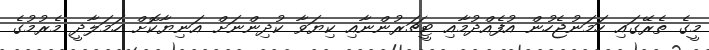
މީގެ ތެރޭގައި ހަމަނުޖެހުން އުފެއްދުމާއި ޓީޗަރުންނާއި ކިޔަވާ ކުދިންނަށް އަނިޔާކޮށް ހަމަލާދީ މެރުމުގެ